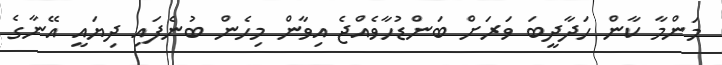
މަންމާ ކާން ހަދާދީބަ ވަރަށް ބަންޑުހާވެއްޖެ އިވާން މިހެން ބުނެފައި ދިޔައީ އޭނާގެ